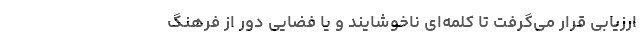
ارزیابی قرار می‌گرفت تا کلمه‌ای ناخوشایند و یا فضایی دور از فرهنگِ